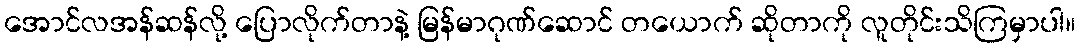
အောင်လအန်ဆန်လို့ ပြောလိုက်တာနဲ့ မြန်မာဂုဏ်ဆောင် တယောက် ဆိုတာကို လူတိုင်းသိကြမှာပါ။